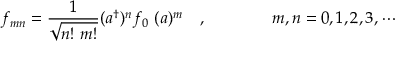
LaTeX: f _ { m n } = \frac { 1 } { \sqrt { n ! ~ m ! } } ( a ^ { \dagger } \* ) ^ { n } f _ { 0 } \ ( \* a ) ^ { m } \quad , \qquad \qquad m , n = 0 , 1 , 2 , 3 , \cdots